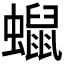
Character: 𧒑